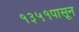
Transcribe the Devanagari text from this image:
१३५१पासून